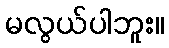
မလွယ်ပါဘူး။